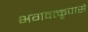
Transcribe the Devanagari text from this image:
भगवत्कृपासे